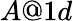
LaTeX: A@1d